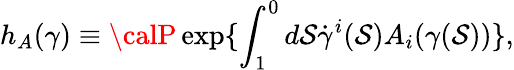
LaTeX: h_{A}(\gamma)\equiv{\calP}\exp\{ \int_{1}^{0}d\mathcal{S}\dot{{\gamma}}^{i}(\mathcal{S})A_{i}(\gamma(\mathcal{S}))\} ,